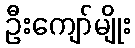
ဦးကျော်မျိုး